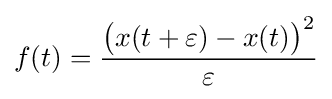
f(t)={\frac {{\big (}x(t+\varepsilon )-x(t){\big )}^{2}}{\varepsilon }}